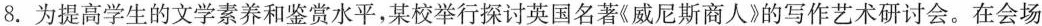
8.为提高学生的文学素养和鉴赏水平，某校举行探讨英国名著《威尼斯商人》的写作艺术研讨会。在会场